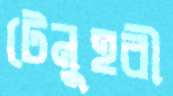
টেনুহরী